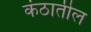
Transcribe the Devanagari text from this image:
कंठातील